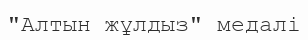
"Алтын жұлдыз" медалі